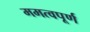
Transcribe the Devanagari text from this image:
ममत्वपूर्ण